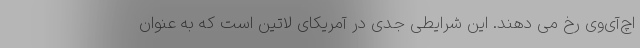
اچ‌آی‌وی رخ می دهند. این شرایطی جدی در آمریکای لاتین است که به عنوان